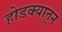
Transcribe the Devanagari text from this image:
होडक्यातून